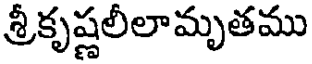
శ్రీకృష్ణలీలామృతము